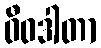
ဝီဝဒါတာ